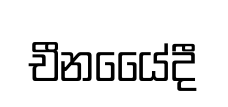
චීනයෛ්දී